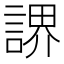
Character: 䛺